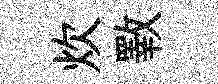
炊斁